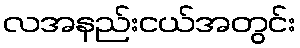
လအနည်းငယ်အတွင်း